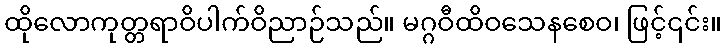
ထိုလောကုတ္တရာဝိပါက်ဝိညာဉ်သည်။ မဂ္ဂဝီထိဝသေနစေဝ၊ ဖြင့်၎င်း။